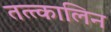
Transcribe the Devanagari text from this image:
तत्त्कालिन